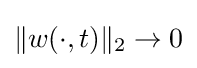
\|w(\cdot ,t)\|_{2}\to 0